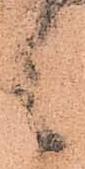
言